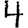
Digit: 4